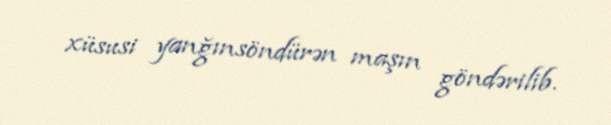
xüsusi yanğınsöndürən maşın göndərilib.